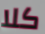
كلا